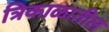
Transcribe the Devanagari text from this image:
त्रिकाळातील